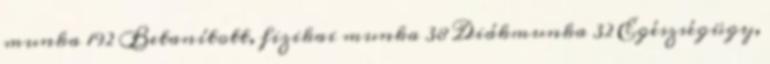
munka 192 Betanított, fizikai munka 38 Diákmunka 32 Egészségügy,